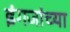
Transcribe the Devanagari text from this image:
इंगजांच्या